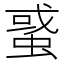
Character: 𧌒